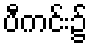
ပီကင်း၌